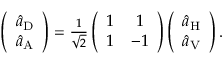
\begin{array} { r } { \left( \begin{array} { c } { \hat { a } _ { \mathrm { D } } } \\ { \hat { a } _ { \mathrm { A } } } \end{array} \right) = \frac { 1 } { \sqrt { 2 } } \left( \begin{array} { c c } { 1 } & { 1 } \\ { 1 } & { - 1 } \end{array} \right) \left( \begin{array} { c } { \hat { a } _ { \mathrm { H } } } \\ { \hat { a } _ { \mathrm { V } } } \end{array} \right) . } \end{array}